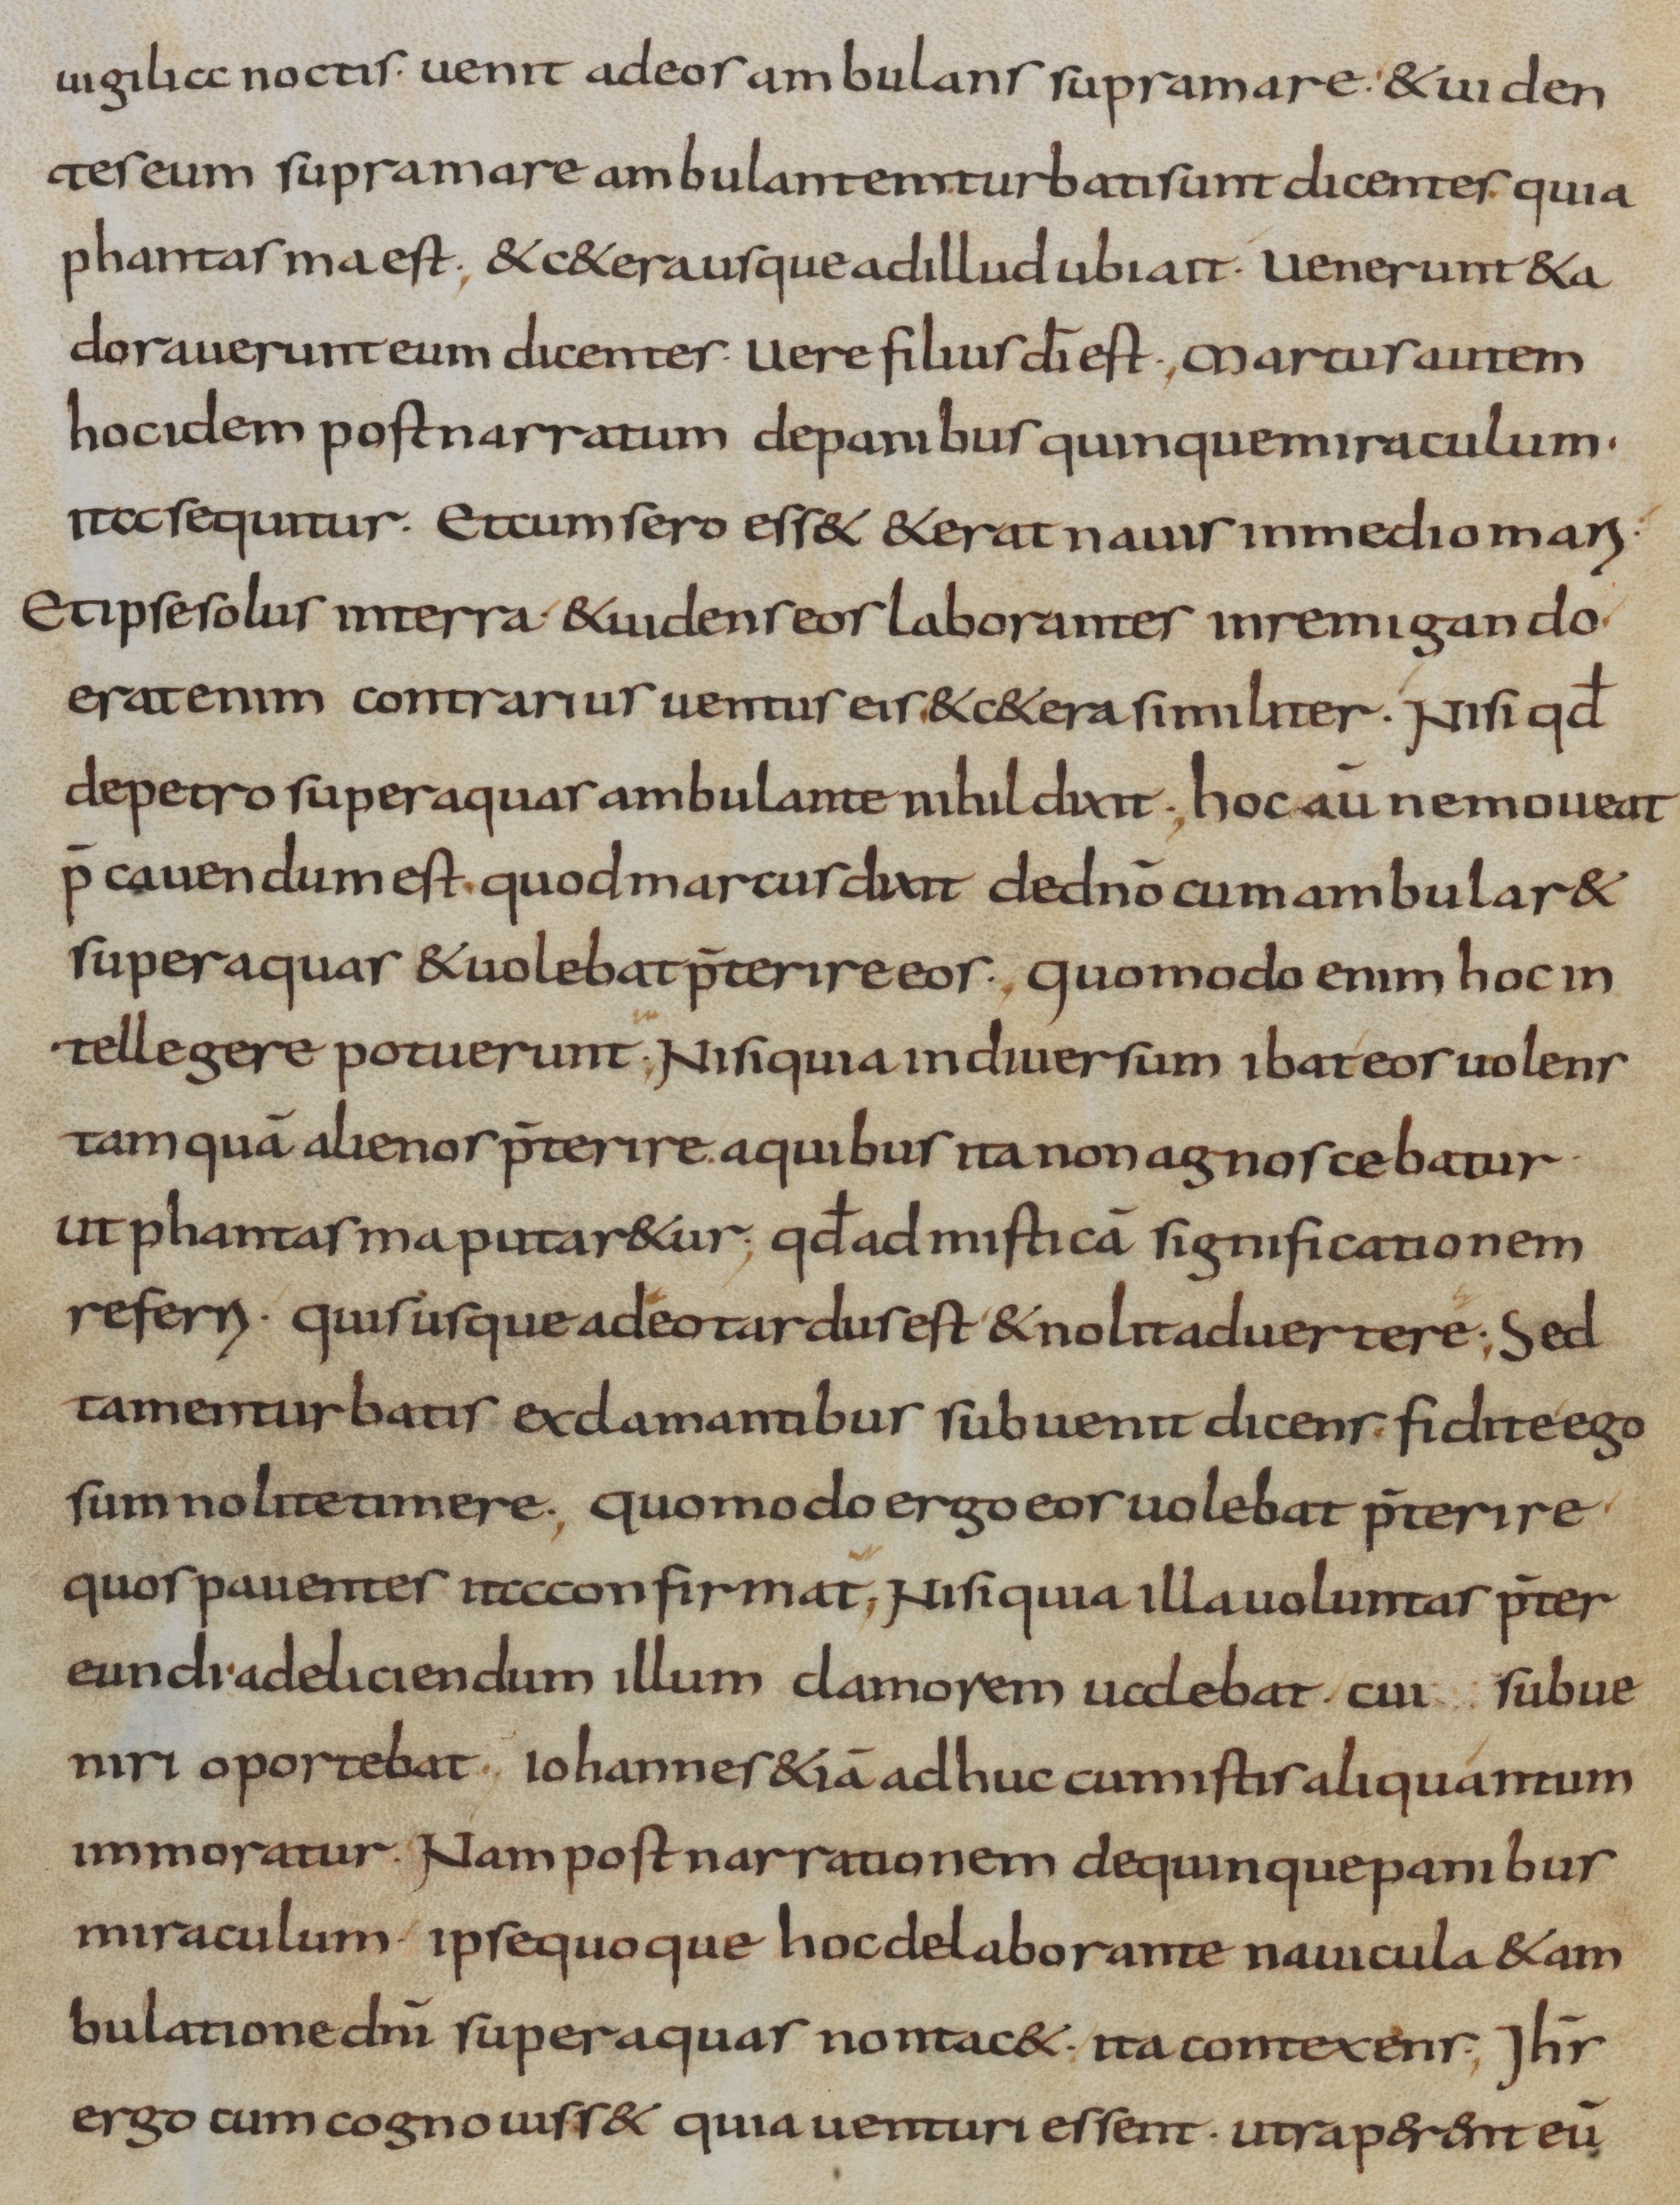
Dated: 800–899